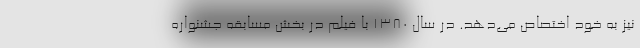
نیز به خود اختصاص می‌دهد. در سال ۱۳۸۰ با فیلم در بخش مسابقه جشنواره